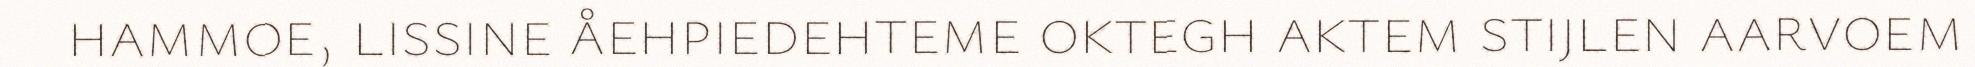
hammoe, lissine åehpiedehteme oktegh aktem stijlen aarvoem